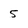
Character: 5